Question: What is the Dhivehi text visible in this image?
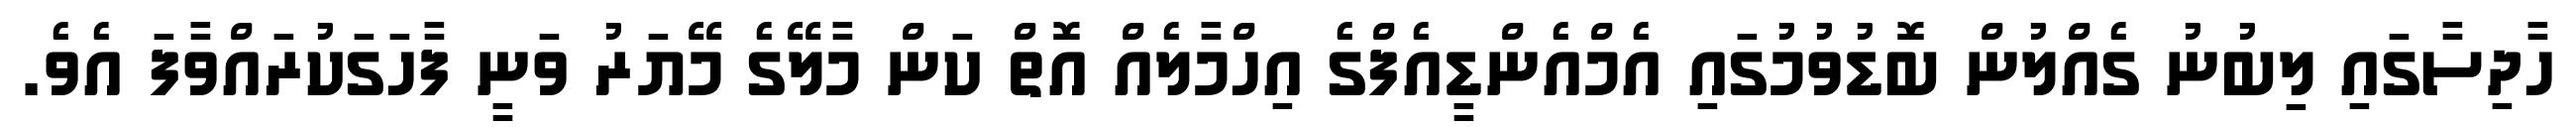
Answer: ހާދިސާގައި ލިބުނު ގެއްލުން ބޮޑުވުމުގައި އެމްއެންޑީއެފްގެ އިހްމާލެއް އޮތް ކަން މާލޭގެ މޭޔަރު ވަނީ ފާހަގަކުރައްވާފަ އެވެ.